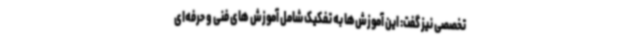
تخصصی نیز گفت: این آموزش‌ها به تفکیک شامل آموزش های فنی و حرفه‌ای